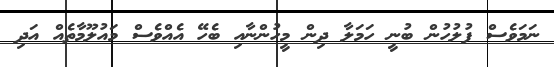
ނަމަވެސް ފުލުހުން ބުނީ ހަމަލާ ދިން މީހުންނާއި ބެހޭ އެއްވެސް މައުލޫމާތެއް އަދި